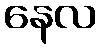
နေလ